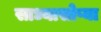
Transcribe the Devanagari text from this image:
साध्यासोप्या